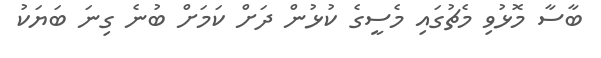
ބާސާ މޮޅުވި މެޗުގައި މެސީގެ ކުޅުން ދަށް ކަމަށް ބުނެ ގިނަ ބަޔަކު